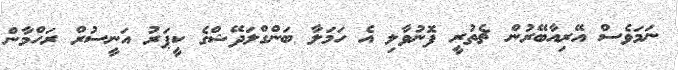
ނަމަވެސް އޭރިއާބޭރުން ޗެތުރީ ފޮނުވާލި އެ ހަމަލާ ބަންގްލަދޭޝްގެ ކީޕަރު އަނީސުރް ރަހްމާން